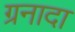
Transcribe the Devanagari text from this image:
ग्रनादा